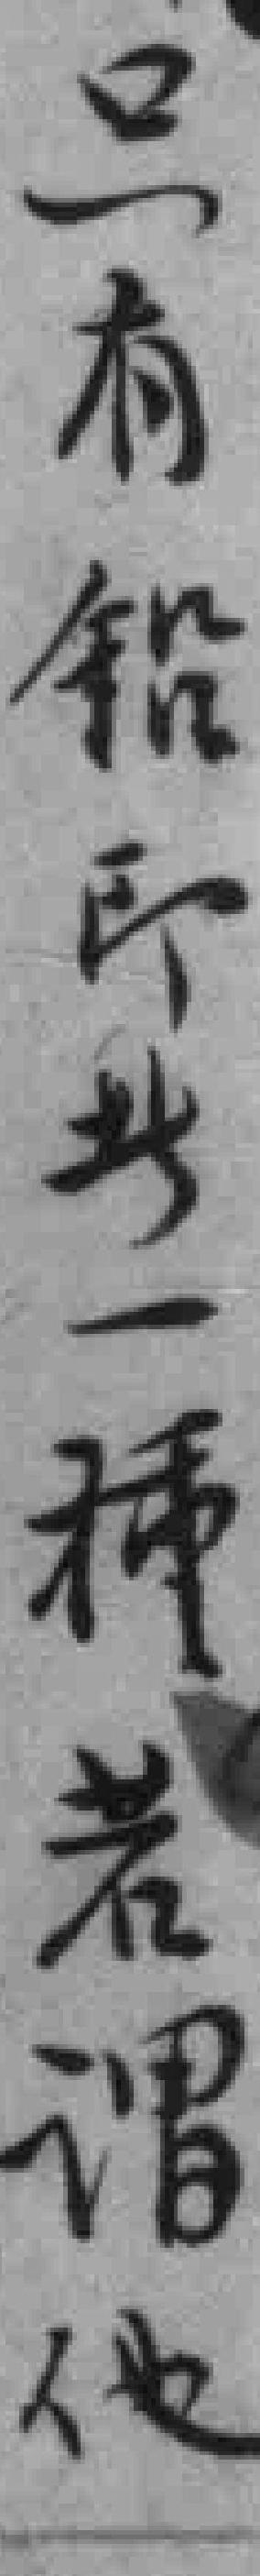
只有鉛印此一種若謂他